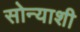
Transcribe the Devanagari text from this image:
सोन्याशी